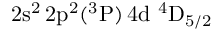
\mathrm { 2 s ^ { 2 } \, 2 p ^ { 2 } ( ^ { 3 } P ) \, 4 d ~ ^ { 4 } D _ { 5 / 2 } }